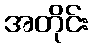
အတိုင်း